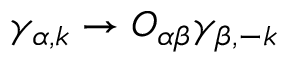
\gamma _ { \alpha , { k } } \to O _ { \alpha \beta } \gamma _ { \beta , { - k } }